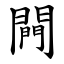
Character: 闁